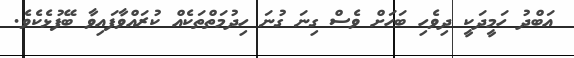
އަބްދު ހަމީދަކީ ދިވެހި ބަހަށް ވެސް ގިނަ ގުނަ ހިދުމަތްތަކެއް ކުރައްވާފައިވާ ބޭފުޅެކެވެ.